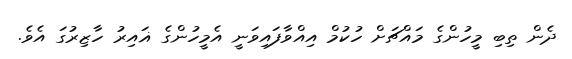
ދެން ތިބި މީހުންގެ މައްޗަށް ހުކުމް އިއްވާފައިވަނީ އެމީހުންގެ ޣައިރު ހާޒިރުގަ އެވެ.